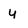
Character: 4